Lunatic asylums Central Provinces reports 1874-1885 - 1874-1885
Year: 1874
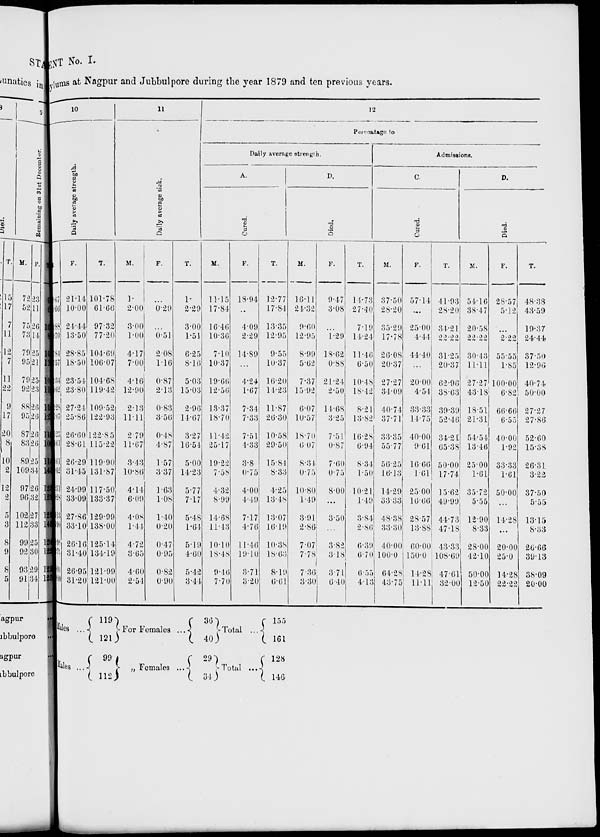
MENT No. I.
Asylums
at Nagpur and Jubbulpore during the year 1879 and ten previous years.
10
Daily average strength.
M.
.67
.66
.88
.70
.84
.57
.34
.62
.28
.07
. 25
. 61
.61
.42
.51
.28
.13
.90
.98
.79
.04
.80
F.
21.14
10.00
24.44
13.50
28.85
18.50
23.54
23.80
27.24
25.86
26.60
28.61
26.29
31.45
24.99
33.09
27.86
33.10
20.16
31.40
26.95
31.20
T.
101.78
61.66
97.32
77.20
104.69
106.07
104.68
119.42
109.52
122.93
122.85
115.22
119.90
131.87
117.50
133.37
129.99
138.00
125.11
134.19
121.99
121.00
11
Daily average sick.
M.
1.
2.00
3.00
1.00
4.17
7.00
4.16
12.90
2.13
11.11
2.79
11.67
3.43
10.86
4.14
6.09
4.08
1.44
4.72
3.65
4.60
2.54
F.
...
0.29
...
0.51
2.08
1.16
0.87
2.13
0.83
3.56
0.48
4.87
1.57
3.37
1.63
1.08
1.40
0.20
0.47
0.95
0.82
0.90
T.
1.
2.29
3.00
1.51
6.25
8.16
5.03
15.03
2.96
14.67
3.27
16.54
5.00
14.23
5.77
7.17
5.48
1.64
5.19
4.60
5.42
3.44
12
Percentage to
Daily average strength.
A.
Cured.
M.
11.15
17.84
16.46
10.36
7.10
10.37
19.66
12.56
13.37
18.70
11.42
25.17
19.22
7.58
4.32
8.99
14.68
11.43
10.10
18.48
9.46
7.70
F.
18.94
...
4.09
2.29
14.89
...
4.24
1.67
7.34
7.33
7.51
4.33
3.8
0.75
4.00
4.49
7.17
4.76
11.46
19.10
3.71
3.20
T.
12.77
17.84
13.35
12.95
9.55
10.37
16.20
14.23
11.87
26.30
10.58
29.50
15.84
8.33
4.25
13.48
13.07
16.19
10.38
18.63
8.19
6.61
D.
Died.
M.
16.11
24.32
9.60
12.95
8.99
5.62
7.37
15.92
6.07
10.57
18.70
6.07
8.34
0.75
10.80
1.49
3.91
2.86
7.07
7.78
7.36
3.30
F.
9.47
3.08
...
1.29
18.62
0.88
21.24
2.50
14.68
3.25
7.51
0.87
7.60
0.75
8.00
...
3.50
...
3.82
3.18
3.71
6.40
T.
14.73
27.40
7.19
14.24
11.46
6.50
10.48
18.42
8.21
13.82
16.28
6.94
8.34
1.50
10.21
1.49
3.84
2.86
6.39
6.70
6.55
4.13
Admissions.
C.
Cured.
M.
37.50
28.20
35.29
17.78
26.08
20.37
27.27
34.09
40.74
37.71
33.35
55.77
56.25
16.13
14.29
33.33
48.38
33.30
40.00
100.0
64.28
43.75
F.
57.14
...
25.00
4.44
44.40
...
20.00
4.54
33.33
14.75
40.00
9.61
16.66
1.61
25.00
16.66
28.57
13.88
60.00
150.0
14.28
11.11
T.
41.93
28.20
34.21
22.22
31.25
20.37
62.96
38.63
39.39
52.46
34.21
65.38
50.00
17.74
15.62
49.99
44.73
47.18
43.33
108.69
47.61
32.00
D.
Died.
M.
54.16
38.47
20.58
22.22
30.43
11.11
27.27
43.18
18.51
21.31
54.54
13.46
25.00
1.61
35.72
5.55
12.90
8.33
28.00
42.10
50.00
12.50
F.
28.57
5.12
...
2.22
55.55
1.85
100.00
6.82
66.66
6.55
40.00
1.92
33.33
1.61
50.00
...
14.28
...
20.00
25.0
14.28
22.22
T.
48.38
43.59
19.37
24.44
37.50
12.96
40.74
50.00
27.27
27.86
52.60
15.38
26.31
3.22
37.50
5.55
13.15
8.33
26.66
39.13
38.09
20.00
Males ...
Males ...
119
121
99
112
For Females ...
„ Females ...
36
40
29
34
Total
...
Total
...
155
161
128
146